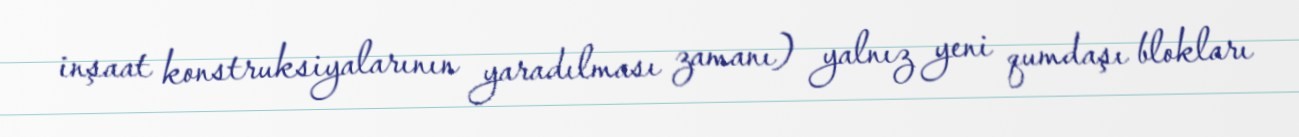
inşaat konstruksiyalarının yaradılması zamanı) yalnız yeni qumdaşı blokları